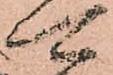
可